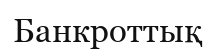
Банкроттық